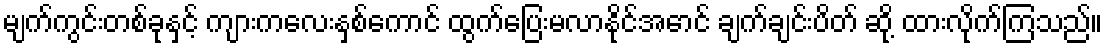
မျက်ကွင်းတစ်ခုနှင့် ကျားကလေးနှစ်ကောင် ထွက်ပြေးမလာနိုင်အောင် ချက်ချင်းပိတ် ဆို့ ထားလိုက်ကြသည်။